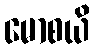
မောစယိ